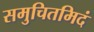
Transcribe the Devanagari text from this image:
समुचितमिदं